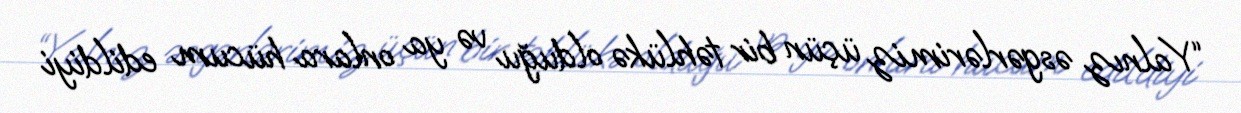
“Yalnız əsgərlərimiz üçün bir təhlükə olduğu və ya onlara hücum edildiyi